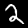
Label: 2